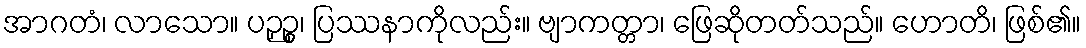
အာဂတံ၊ လာသော။ ပဉှဉ္စ၊ ပြဿနာကိုလည်း။ ဗျာကတ္တာ၊ ဖြေဆိုတတ်သည်။ ဟောတိ၊ ဖြစ်၏။